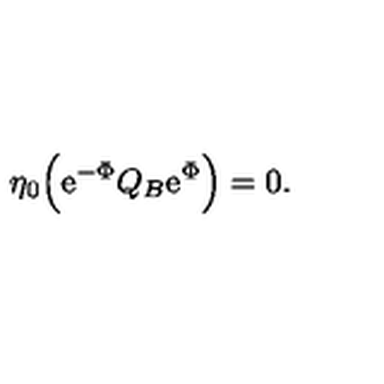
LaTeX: \eta _ { 0 } \Bigl ( \mathrm { e } ^ { - \Phi } Q _ { B } \mathrm { e } ^ { \Phi } \Bigr ) = 0 .